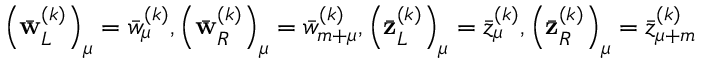
\left( \bar { \mathbf { w } } _ { L } ^ { ( k ) } \right) _ { \mu } = \bar { w } _ { \mu } ^ { ( k ) } , \left( \bar { \mathbf { w } } _ { R } ^ { ( k ) } \right) _ { \mu } = \bar { w } _ { m + \mu } ^ { ( k ) } , \left( \bar { \mathbf { z } } _ { L } ^ { ( k ) } \right) _ { \mu } = \bar { z } _ { \mu } ^ { ( k ) } , \left( \bar { \mathbf { z } } _ { R } ^ { ( k ) } \right) _ { \mu } = \bar { z } _ { \mu + m } ^ { ( k ) }